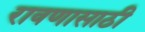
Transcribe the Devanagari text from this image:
रावणासाठी